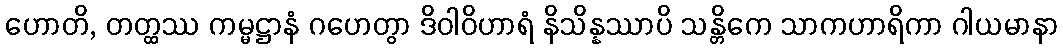
ဟောတိ, တတ္ထဿ ကမ္မဋ္ဌာနံ ဂဟေတွာ ဒိဝါဝိဟာရံ နိသိန္နဿာပိ သန္တိကေ သာကဟာရိကာ ဂါယမာနာ